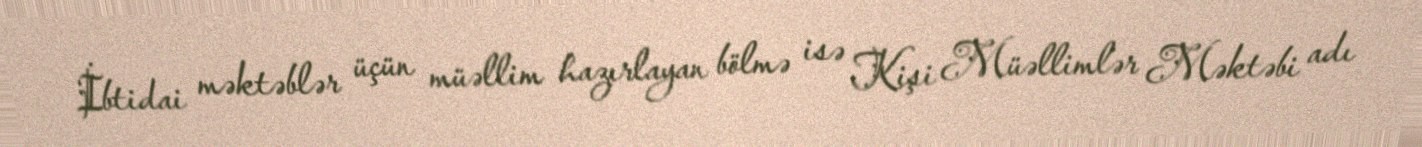
İbtidai məktəblər üçün müəllim hazırlayan bölmə isə Kişi Müəllimlər Məktəbi adı